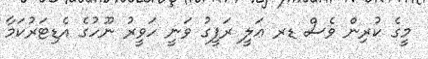
މީގެ ކުރިން ވެސް ޑރ ޢަލީ ރަފީގު ވަނީ ހަވީރު ނޫހުގެ އެޑިޓަރުކަމާ